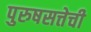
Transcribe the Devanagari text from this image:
पुरुषसत्तेची